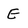
Character: E